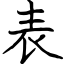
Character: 表